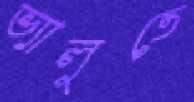
ভ্যালুতে